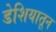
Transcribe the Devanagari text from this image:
डेशियातून